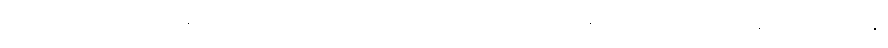
ရစ်ဘီးလုံးဆီမှာ ထိန်းချုပ် ကြိုးကိုင်ထားတဲ့ အပ်ချည်ကြိုးဆီကနေ လွတ်အောင် တွန်းထိုး၊ ယိမ်းနွဲ့၊